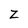
Character: Z